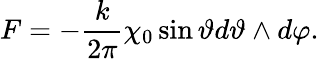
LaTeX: F=-\frac{k}{2\pi}\chi_{0}\sin\vartheta d\vartheta\wedge d\varphi.